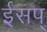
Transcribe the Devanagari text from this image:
ईसप्